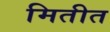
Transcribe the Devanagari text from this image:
मितीत